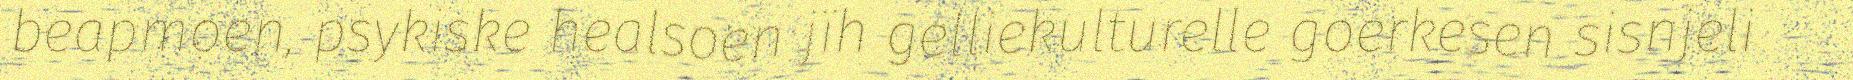
beapmoen, psykiske healsoen jïh gelliekulturelle goerkesen sisnjeli